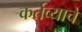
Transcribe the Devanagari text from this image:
कर्तव्याचे